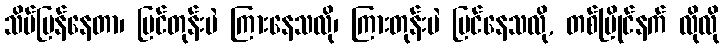
သိပ်မြန်နေတာ၊ မြင်တုန်းပဲ ကြားနေသလို၊ ကြားတုန်းပဲ မြင်နေသလို, တစ်ပြိုင်နက် လိုလို